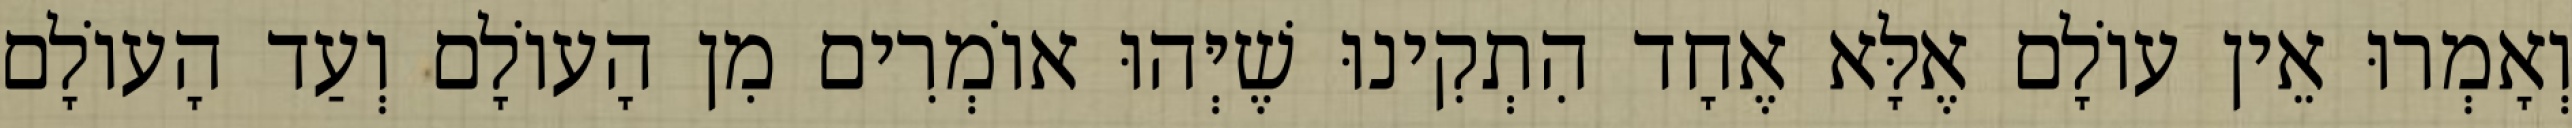
וְאָמְרוּ אֵין עוֹלָם אֶלָּא אֶחָד הִתְקִינוּ שֶׁיְּהוּ אוֹמְרִים מִן הָעוֹלָם וְעַד הָעוֹלָם